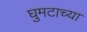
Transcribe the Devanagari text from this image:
घुमटाच्या